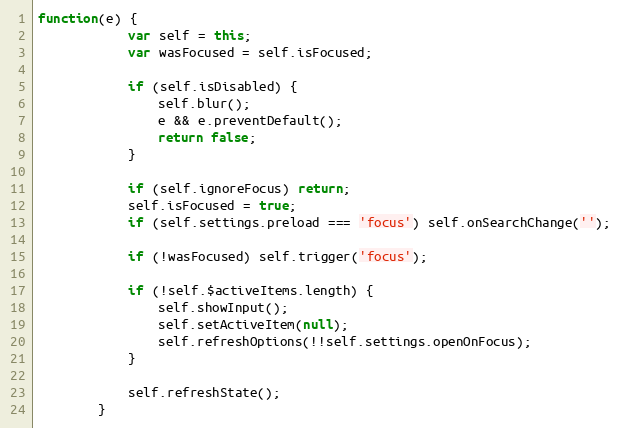
Language: JavaScript
function(e) {
			var self = this;
			var wasFocused = self.isFocused;

			if (self.isDisabled) {
				self.blur();
				e && e.preventDefault();
				return false;
			}

			if (self.ignoreFocus) return;
			self.isFocused = true;
			if (self.settings.preload === 'focus') self.onSearchChange('');

			if (!wasFocused) self.trigger('focus');

			if (!self.$activeItems.length) {
				self.showInput();
				self.setActiveItem(null);
				self.refreshOptions(!!self.settings.openOnFocus);
			}

			self.refreshState();
		}